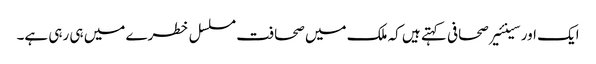
ایک اور سینئیر صحافی کہتے ہیں کہ ملک میں صحافت مسلسل خطرے میں ہی رہی ہے۔